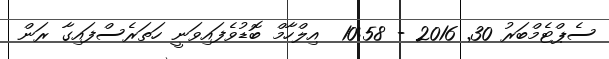
ސެޕްޓެމްބަރު 30